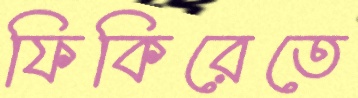
ফিকিরেতে